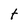
Character: t